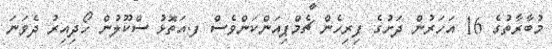
މުބާރާތުގެ 16 އަހަރުން ދަށުގެ ފިރިހެން ޗެމްޕިއަންކަންވެސް ފ.އަތޮޅު ސްކޫލުން ހޯދިއިރު ދެވަނަ